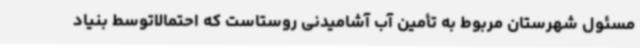
مسئول شهرستان مربوط به تأمین آب آشامیدنی روستاست که احتمالاًتوسط بنیاد